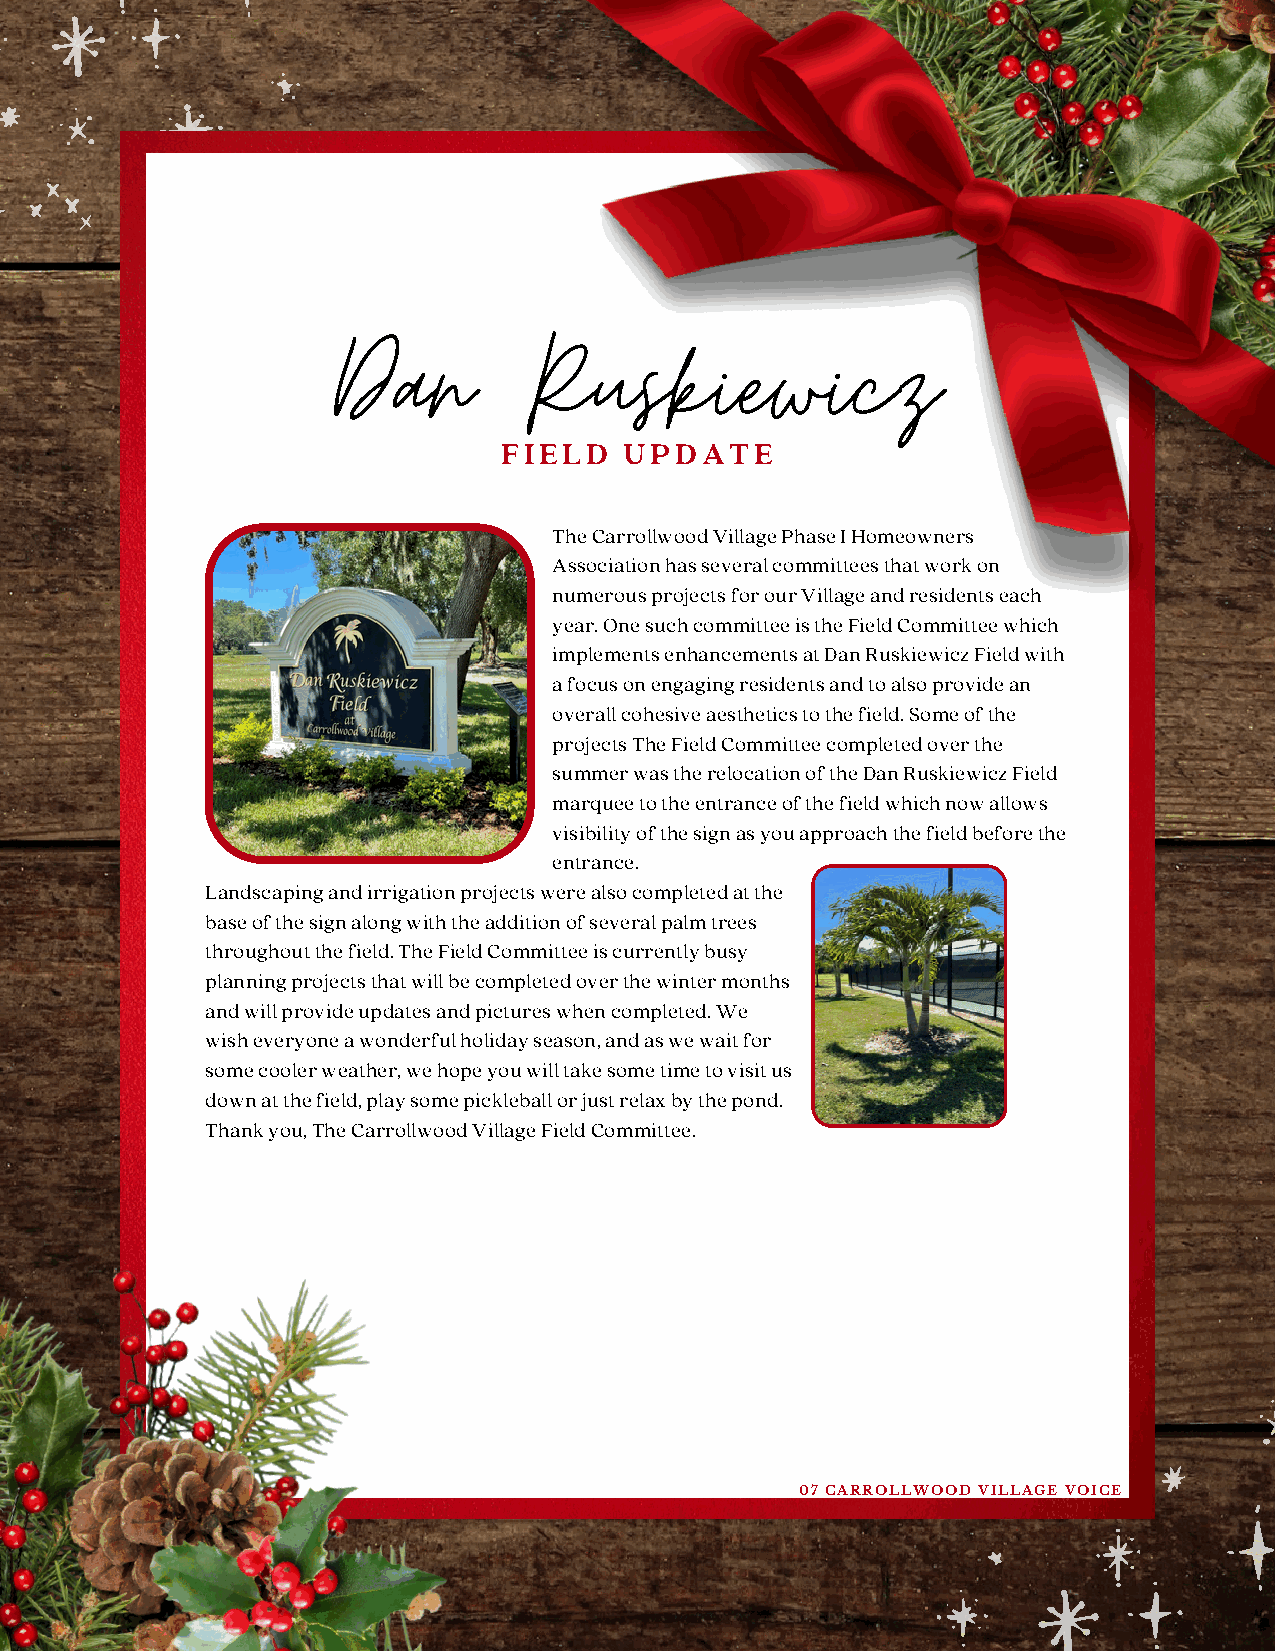
Dan          Ruskiewicz
 FIELD   UPDATE
 The Carrollwood Village Phase I Homeowners
 Association has several committees that work on
 numerous projects for our Village and residents each
 year. One such committee is the Field Committee which
 implements enhancements at Dan Ruskiewicz Field with
 a focus on engaging residents and to also provide an
 overall cohesive aesthetics to the field. Some of the
 projects The Field Committee completed over the
 summer was the relocation of the Dan Ruskiewicz Field
 marquee to the entrance of the field which now allows
 visibility of the sign as you approach the field before the
 entrance.
 Landscaping and irrigation projects were also completed at the
 base of the sign along with the addition of several palm trees
 throughout the field. The Field Committee is currently busy
 planning projects that will be completed over the winter months
 and will provide updates and pictures when completed. We
 wish everyone a wonderful holiday season, and as we wait for
 some cooler weather, we hope you will take some time to visit us
 down at the field, play some pickleball or just relax by the pond.
 Thank you, The Carrollwood Village Field Committee.
 07 CARROLLWOOD VILLAGE VOICE